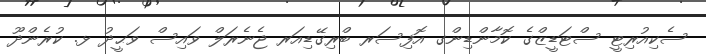
ސެކިއުރިޓީ ސްޓަޑީޒްގެ ކޮމާންޑިންގ އޮފިސަރ ބްރިގޭޑިއަރ ޖެނެރަލް ވައިސް ވަޙީދު ޅ. ކުރެންދޫ